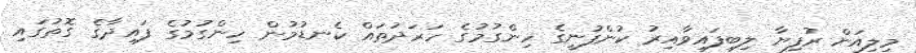
މިލިއަން ރުފިޔާ ލިބިފައިވާއިރު ކުންފުނީގެ ހިންގުމުގެ ހަރަދުތައް ކެނޑުމުން ހިންގުމުގެ ފައިދާގެ ގޮތުގައި